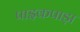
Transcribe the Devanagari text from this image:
पाइकपाड़ा